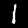
Digit: 1